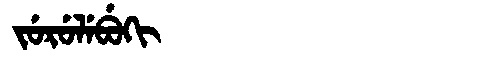
Manchu: ᠵᡠᡵᡠᠯᡝᠪᡠᡴᡳ
Romanization: JURULEBUKI